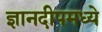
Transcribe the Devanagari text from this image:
ज्ञानदीपमध्ये